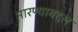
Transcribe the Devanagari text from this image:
मारण्याबद्दल